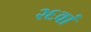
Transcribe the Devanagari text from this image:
२६वां